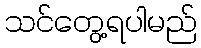
သင်တွေ့ရပါမည်